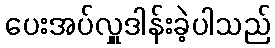
ပေးအပ်လှူဒါန်းခဲ့ပါသည်